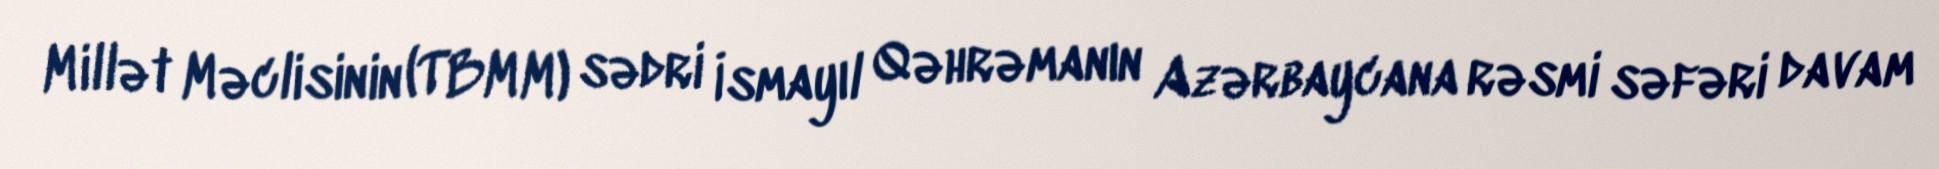
Millət Məclisinin (TBMM) sədri İsmayıl Qəhrəmanın Azərbaycana rəsmi səfəri davam